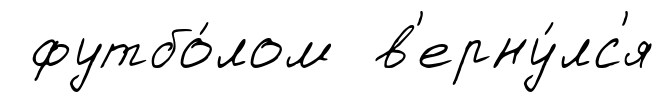
футбо́лом в'ерну́лс'я